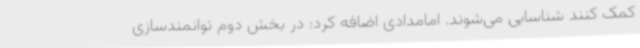
کمک کنند شناسایی می‌شوند. امامدادی اضافه کرد: در بخش دوم توانمندسازی